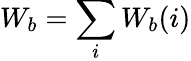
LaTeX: W_{b}=\sum_{i}W_{b}(i)